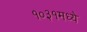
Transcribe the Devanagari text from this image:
१०३१मध्ये